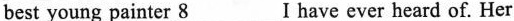
best young painter \underline{8} I have ever heard of.Her